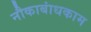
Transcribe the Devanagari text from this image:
नौकाबांधकाम